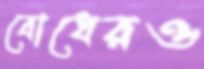
বোধেরও